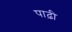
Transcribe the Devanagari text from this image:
पाढ़ी